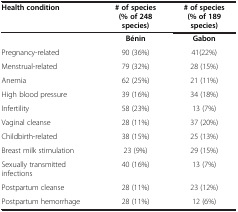
<table><thead><tr><td><b>Health condition</b></td><td><b># of species</b></td><td><b># of species</b></td></tr><tr><td>[EMPTY_CELL]</td><td><b>(% of 248 species)</b></td><td><b>(% of 189 species)</b></td></tr></thead><tbody><tr><td>[EMPTY_CELL]</td><td><b>Bénin</b></td><td><b>Gabon</b></td></tr><tr><td>Pregnancy-related</td><td>90 (36%)</td><td>41(22%)</td></tr><tr><td>Menstrual-related</td><td>79 (32%)</td><td>28 (15%)</td></tr><tr><td>Anemia</td><td>62 (25%)</td><td>21 (11%)</td></tr><tr><td>High blood pressure</td><td>39 (16%)</td><td>34 (18%)</td></tr><tr><td>Infertility</td><td>58 (23%)</td><td>13 (7%)</td></tr><tr><td>Vaginal cleanse</td><td>28 (11%)</td><td>37 (20%)</td></tr><tr><td>Childbirth-related</td><td>38 (15%)</td><td>25 (13%)</td></tr><tr><td>Breast milk stimulation</td><td>23 (9%)</td><td>29 (15%)</td></tr><tr><td>Sexually transmitted infections</td><td>40 (16%)</td><td>13 (7%)</td></tr><tr><td>Postpartum cleanse</td><td>28 (11%)</td><td>23 (12%)</td></tr><tr><td>Postpartum hemorrhage</td><td>28 (11%)</td><td>12 (6%)</td></tr></tbody></table>